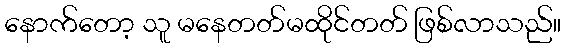
နောက်တော့ သူ မနေတတ်မထိုင်တတ် ဖြစ်လာသည်။